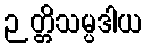
ဉတ္တိသမ္ပဒါယ